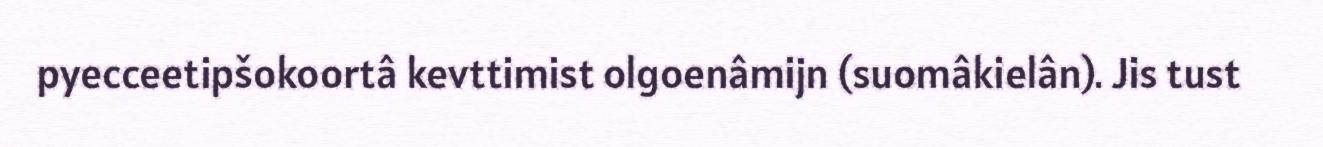
pyecceetipšokoortâ kevttimist olgoenâmijn (suomâkielân). Jis tust